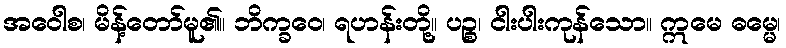
အဝေါစ၊ မိန့်တော်မူ၏။ ဘိက္ခဝေ၊ ရဟန်းတို့။ ပဉ္စ၊ ငါးပါးကုန်သော။ ဣမေ ဓမ္မေ၊